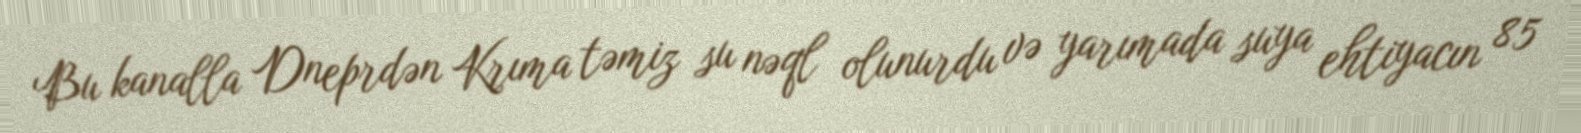
Bu kanalla Dneprdən Krıma təmiz su nəql olunurdu və yarımada suya ehtiyacın 85